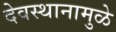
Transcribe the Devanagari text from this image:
देवस्थानामुळे